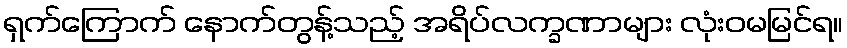
ရှက်ကြောက် နောက်တွန့်သည့် အရိပ်လက္ခဏာများ လုံးဝမမြင်ရ။